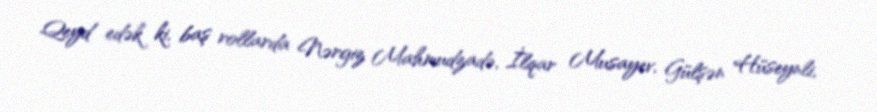
Qeyd edək ki, baş rollarda Nərgiz Mahmudzadə, İlqar Musayev, Gülşən Hüseynli,